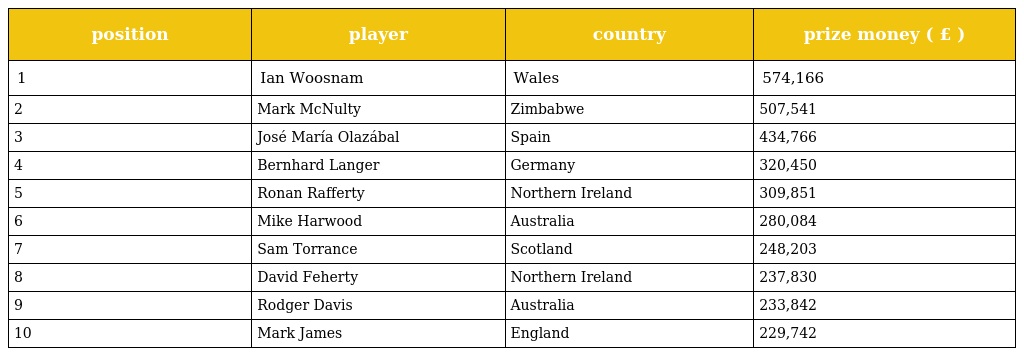
| position | player | country | prize money ( £ ) |
 | --- | --- | --- | --- |
 | 1 | Ian Woosnam | Wales | 574,166 |
 | 2 | Mark McNulty | Zimbabwe | 507,541 |
 | 3 | José María Olazábal | Spain | 434,766 |
 | 4 | Bernhard Langer | Germany | 320,450 |
 | 5 | Ronan Rafferty | Northern Ireland | 309,851 |
 | 6 | Mike Harwood | Australia | 280,084 |
 | 7 | Sam Torrance | Scotland | 248,203 |
 | 8 | David Feherty | Northern Ireland | 237,830 |
 | 9 | Rodger Davis | Australia | 233,842 |
 | 10 | Mark James | England | 229,742 |